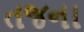
તજના